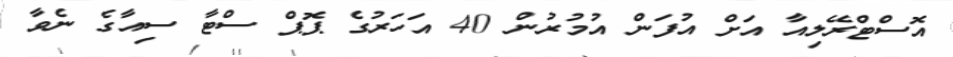
އޮސްޓްރޭލިއާ އަށް އުފަން އުމުރުން 40 އަހަރުގެ ޕޮޕް ސްޓާ ސިއާގެ ނެވާ